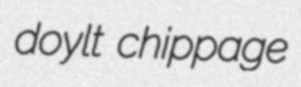
doylt chippage